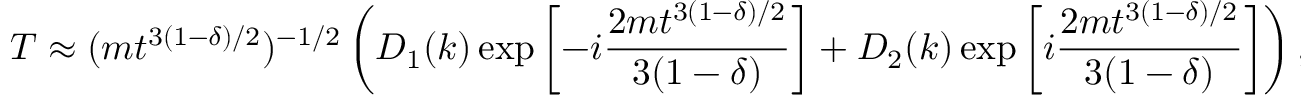
T \approx ( m t ^ { 3 ( 1 - \delta ) / 2 } ) ^ { - 1 / 2 } \left( D _ { 1 } ( k ) \exp \left[ - i \frac { 2 m t ^ { 3 ( 1 - \delta ) / 2 } } { 3 ( 1 - \delta ) } \right] + D _ { 2 } ( k ) \exp \left[ i \frac { 2 m t ^ { 3 ( 1 - \delta ) / 2 } } { 3 ( 1 - \delta ) } \right] \right) ,